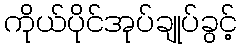
ကိုယ်ပိုင်အုပ်ချုပ်ခွင့်